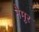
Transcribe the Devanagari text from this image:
नैमूर